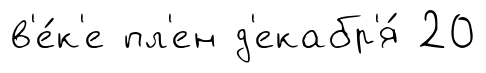
в'е́к'е пл'ен д'екабр'я́ 20